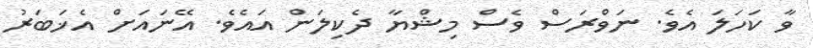
ވާ ކަހަލަ އެވެ. ނަވްރަސް ވެސް މިޝްޔާ ދެކިލަން އައެވެ. އޭނައަށް އެޚަބަރު